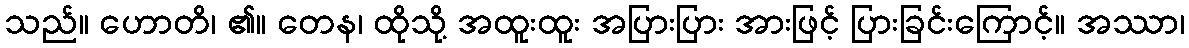
သည်။ ဟောတိ၊ ၏။ တေန၊ ထိုသို့ အထူးထူး အပြားပြား အားဖြင့် ပြားခြင်းကြောင့်။ အဿာ၊